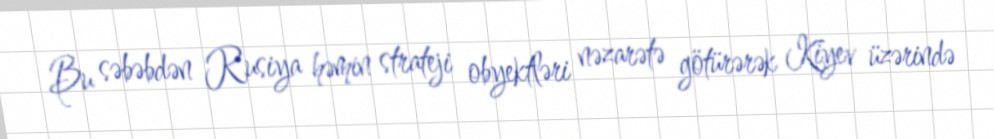
Bu səbəbdən Rusiya həmin strateji obyektləri nəzarətə götürərək Kiyev üzərində